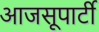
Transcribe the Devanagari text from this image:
आजसूपार्टी